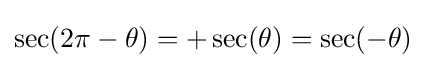
\sec(2\pi -\theta )=+\sec(\theta )=\sec(-\theta )